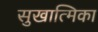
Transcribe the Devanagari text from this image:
सुखात्मिका